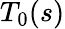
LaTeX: T_{0}(s)